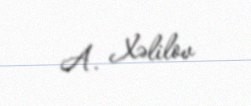
A. Xəlilov